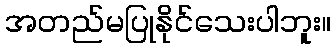
အတည်မပြုနိုင်သေးပါဘူး။